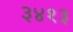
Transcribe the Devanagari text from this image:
३४१३